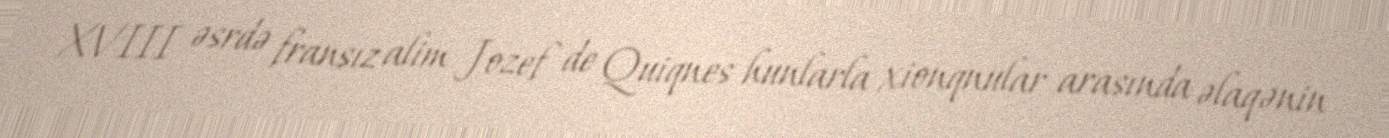
XVIII əsrdə fransız alim Jozef de Quiqnes hunlarla xionqnular arasında əlaqənin